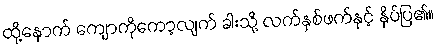
ထို့နောက် ကျောကိုကော့လျက် ခါးသို့ လက်နှစ်ဖက်နှင့် နှိပ်ပြ၏။